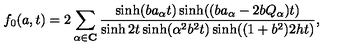
f _ { 0 } ( a , t ) = 2 \sum _ { \alpha \in \mathbf { C } } \frac { \sinh ( b a _ { \alpha } t ) \sinh ( ( b a _ { \alpha } - 2 b Q _ { \alpha } ) t ) } { \sinh 2 t \sinh ( \alpha ^ { 2 } b ^ { 2 } t ) \sinh ( ( 1 + b ^ { 2 } ) 2 h t ) } ,